Veterinary [1904] -
Year: 1904
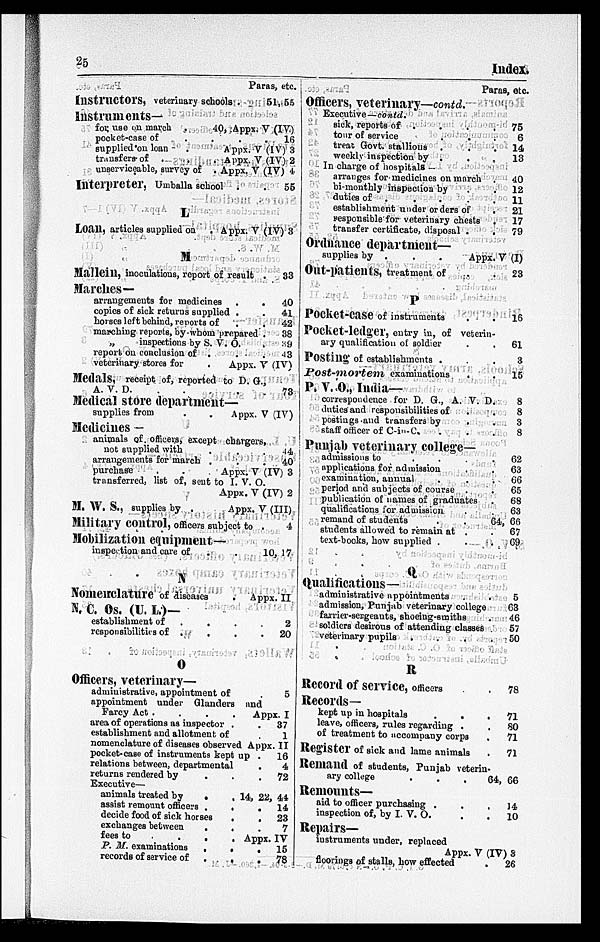
25
Index.
Paras, etc.
Instructors, veterinary schools .
Instruments—
61, 55
for, use on march .
40, Appx.V (IV)
pocket-case of . . .
.
16
supplied on loan
.
Appx. V(IV) 3
transfers of .
.
. Appx. V(IV) 2
unserviceable, survey of . Appx. V(IV) 4
Interpreter, Umballa school .
L
56
Loan, articles supplied on . Appx. V(IV) 3
M
Mallein, inoculations, report of result
Marches—
arrangements for medicines
copies of sick returns supplied .
horses left behind, reports of .
marching reports, by whom prepared
„
inspections by S. V. O.
report on conclusion of . .
veterinary stores for
.
Appx.
.
33
.
40
.
41
.
42
.
38
. 39
.
43
V (IV)
Medals, receipt of, reported to D. G.,
A. V. D.
Medical store department—
supplies from
.
.
Appx.
Medicines —
73
V (IV)
animals of, officers, except chargers,
not supplied with . .
arrangements for march . .
purchase
.
.
Appx. V
transferred, list of, sent to I. V. O.
Appx.
M. W. S., supplies by .
Appx.
Military control, officers subject to .
Mobilization equipment—
inspection and care of . .
44
40
(IV) 3
V (IV) 2
V (III)
4
10, 17
N
Nomenclature of diseases
Appx. II
N. C. Os. (U. L.)—
establishment of
responsibilities of . . .
O
Officers, veterinary—
administrative, appointment of
2
20
5
appointment under Glanders and
Farcy Act . . . .
area of operations as inspector .
establishment and allotment of
Appx. I
37
1
nomenclature of diseases observed Appx. II
pocket-case of instruments kept up
relations between, departmental
returns rendered by
Executive—
16
4
72
animals treated by
.14, 22, 44
assist remount officers . .
decide food of sick horses . .
exchanges between . .
14
23
7
fees to
.
.
.
. Appx. IV
P. M. examinations
.
.
records of service of . .
15
78
Paras, etc.
Officers, veterinary—contd.
Executive—contd.
sick, reports of . . . .
tour of service
treat Govt. stallions . . .
weekly inspection by . . .
In charge of hospitals
arranges for medicines on march
bi-monthly inspection by . .
duties of
. . . .
.
establishment under orders of
responsible for veterinary chests .
transfer certificate, disposal .
.
Ordnance department—
supplies by .
.
.
Appx.
Out-patients, treatment of
P
Pocket-case of instruments
Pocket-ledger, entry in, of veterin-
ary qualification of soldier
Posting of establishments . .
Post-mortem
examinations
P. V. O., India—
correspondence for D. G., A. V. D
duties and responsibilities of .
postings-and transfers by
staff officer of C-in-C. . .
Punjab veterinary college—
admissions to
.
.
.
implications for admission
examination, annual . .
period and subjects of course .
publication of names of graduates
qualifications for admission
remand of students . .
students allowed to remain at .
text-books, how supplied . .
Q
Qualifications—
administrative appointments
admission, Punjab veterinary college
farrier-sergeants, shoeing-smiths
soldiers desirous of attending classes
veterinary pupils
R
Record of service, officers
Records—
kept up in hospitals . .
leave, officers, rules regarding .
of treatment to accompany corps
Register of sick and lame animals
Remand of students, Punjab veterin.
ary college . . .
Remounts—
aid to officer purchasing . .
inspection of, by I. V. O.
Repairs—
instruments under, replaced
Appx. V
floorings of stalls, how effected
75
6
14
13
40
12
11
21
17
79
V (I)
23
16
61
3
15
8
8
3
8
62
63
66
65
68
63
64, 66
67
69
5
63
46
57
50
78
71
80
71
71
64, 66
14
10
(IV) 3
26